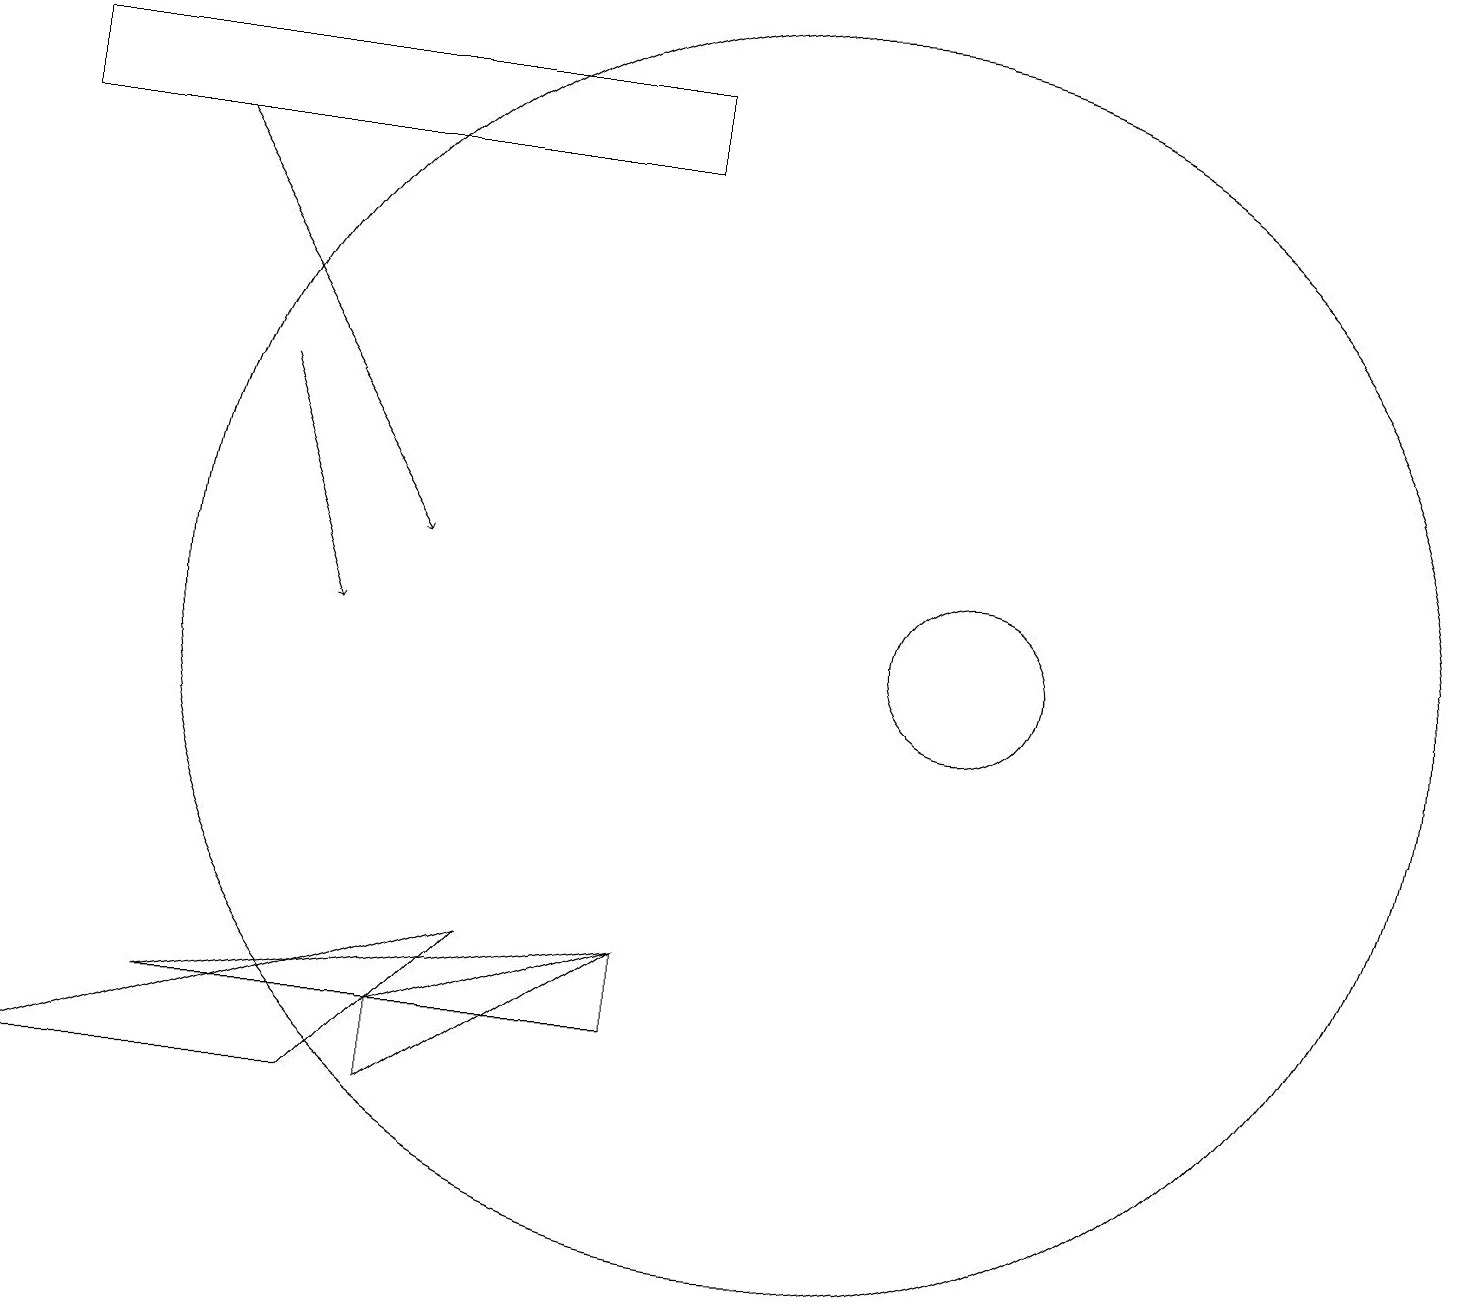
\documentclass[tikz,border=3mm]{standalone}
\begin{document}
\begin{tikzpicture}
\draw (10,10) circle (8);
\draw (8,17) rectangle (0,16);
\draw (2,5) -- (8,5) -- (8,6) -- cycle;
\draw (6,6) -- (4,4) -- (0,4) -- cycle;
\draw (5,5) -- (8,6) -- (5,4) -- cycle;
\draw[->] (3,13) -- (4,10);
\draw (12,10) circle (1);
\draw[->] (2,16) -- (5,11);
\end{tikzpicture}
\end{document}